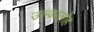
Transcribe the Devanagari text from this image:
उल्कालोह